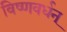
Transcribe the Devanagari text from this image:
विष्णवर्धन्